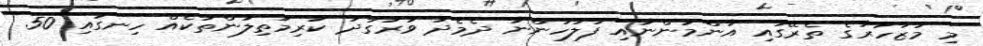
މި މުޒާހަރާގެ ތެރޭގައި އާންމުންނާއި ފުލުހުންނާ ދެމެދު ވަރުގަދަ ކުރިމަތިލުންތަކެއް ހިނގައި 50